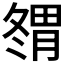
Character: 𰯇